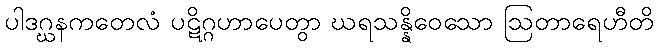
ပါဒဂ္ဃနကတေလံ ပဋိဂ္ဂဟာပေတွာ ဃရသန္နိဝေသော ဩတာရေဟီတိ